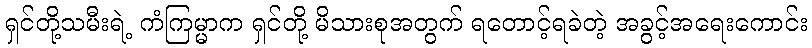
ရှင်တို့သမီးရဲ့ ကံကြမ္မာက ရှင်တို့ မိသားစုအတွက် ရတောင့်ရခဲတဲ့ အခွင့်အရေးကောင်း